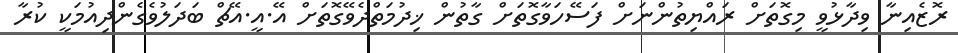
ރޮޒެއިނާ ވިދާޅުވީ މިގޮތަށް ރައްޔިތުންނަށް ފަސޭހަވާގޮތަށް ގާތުން ޚިދުމަތްދެވޭގޮތަށް އޭ.އީ.އޭޗް ބަދަލުވެގެންދިއުމަކީ ކުރާ